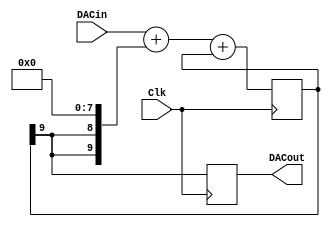
module AudioDac(
	input wire Clk,
	input wire [7:0]DACin,
	output reg DACout
	);

reg [9:0] DeltaAdder; // Output of Delta adder
reg [9:0] SigmaAdder; // Output of Sigma adder
reg [9:0] SigmaLatch; // Latches output of Sigma adder
reg [9:0] DeltaB; // B input of Delta adder

always @(SigmaLatch)
	DeltaB = {SigmaLatch[9], SigmaLatch[9]} << (8);

always @(DACin or DeltaB)
	DeltaAdder = DACin + DeltaB;

always @(DeltaAdder or SigmaLatch)
	SigmaAdder = DeltaAdder + SigmaLatch;

always @(posedge Clk)
begin
	SigmaLatch <= SigmaAdder;
	DACout <=  SigmaLatch[9];
end

endmodule